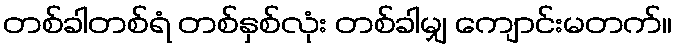
တစ်ခါတစ်ရံ တစ်နှစ်လုံး တစ်ခါမျှ ကျောင်းမတက်။